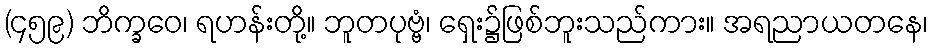
(၄၅၉) ဘိက္ခဝေ၊ ရဟန်းတို့။ ဘူတပုဗ္ဗံ၊ ရှေး၌ဖြစ်ဘူးသည်ကား။ အရညာယတနေ၊